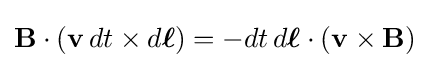
\mathbf {B} \cdot (\mathbf {v} \,dt\times d{\boldsymbol {\ell }})=-dt\,d{\boldsymbol {\ell }}\cdot (\mathbf {v} \times \mathbf {B} )